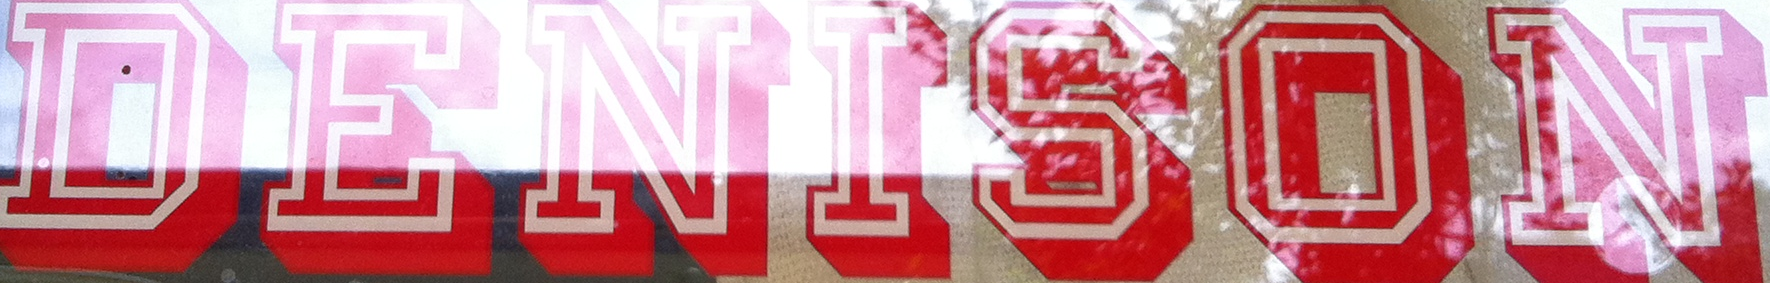
DENISON